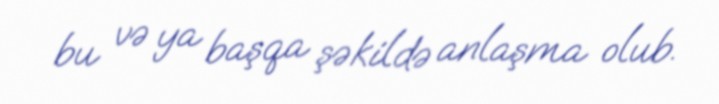
bu və ya başqa şəkildə anlaşma olub.